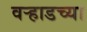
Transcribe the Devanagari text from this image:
वर्‍हाडच्या